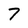
Character: 7